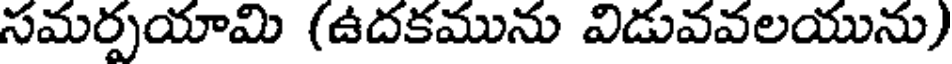
సమర్పయామి (ఉదకమును విడువవలయును)